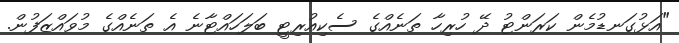
"އަޅުގަނޑުމެން ކަރަންޓު ދޭ ހުރިހާ ތަނެއްގެ ސެކިއުރިޓީ ބަލަހައްޓާނެ އެ ތަނެއްގެ މުވައްޒަފުން.